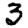
Digit: 3